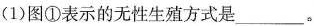
(1)图①表示的无性生殖方式是____。